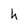
Character: h